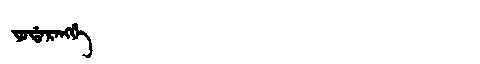
Manchu: ᠶᠣᡩᠠᡵᠠᠩᡤᡝ
Romanization: YODARANGGE